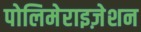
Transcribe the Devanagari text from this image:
पोलिमेराइज़ेशन